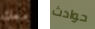
معك حوادث